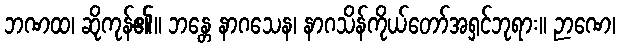
ဘဏထ၊ ဆိုကုန်၏။ ဘန္တေ နာဂသေန၊ နာဂသိန်ကိုယ်တော်အရှင်ဘုရား။ ဉာဏေ၊